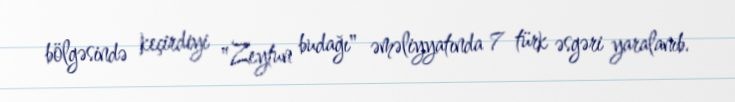
bölgəsində keçirdiyi "Zeytun budağı" əməliyyatında 7 türk əsgəri yaralanıb.